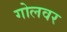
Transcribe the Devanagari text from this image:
गोलवर